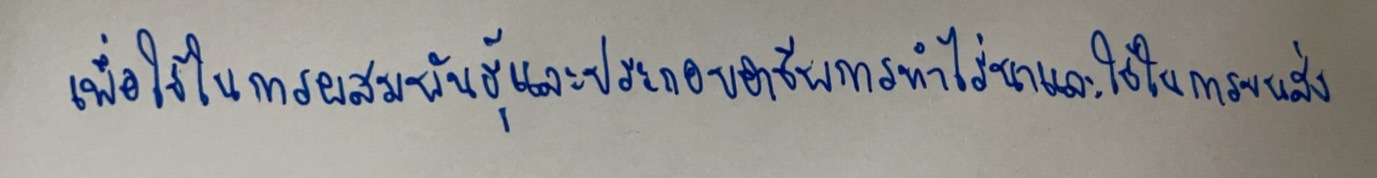
เพื่อใช้ในการผสมพันธุ์และประกอบอาชีพการทำไร่นาและใช้ในการขนส่ง